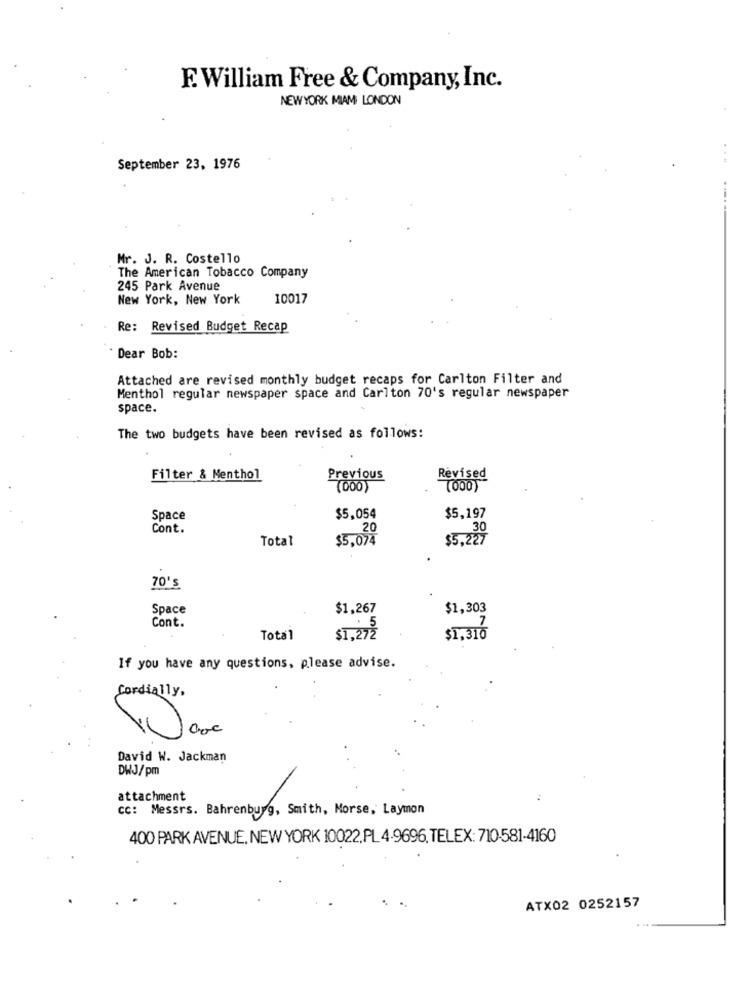
F. William Free & Company, Inc.
NEWYORK MIAM LONDON
...
September 23, 1976
Mr. J. R. Costello
The American Tobacco Company
245 Park Avenue
New York, New York
10017
Re: Revised Budget Recap
Dear Bob:
Attached are revised monthly budget recaps for Carlton Filter and
Menthol regular newspaper space and Carlton 70's regular newspaper
space.
The two budgets have been revised as follows:
Filter & Menthol
Previous
Revised
(000)
$5,197
Space
$5,054
Cont.
20
Total
$5.074
$5.227
70's
Space
$1,267
$1,303
Cont.
5
7
Total
$1,272
$1,310
If you have any questions, please advise.
Cordially,
David W. Jackman
DWJ/pm
attachment
cc: Messrs. Bahrenburg, Smith, Morse, Laymon
400 PARK AVENUE. NEW YORK 10022. PL 4.9696, TELEX: 710-581-4160
ATX02 0252157